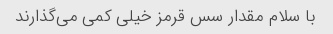
با سلام مقدار سس قرمز خیلی کمی می‌گذارند